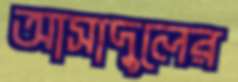
আসাদুলের